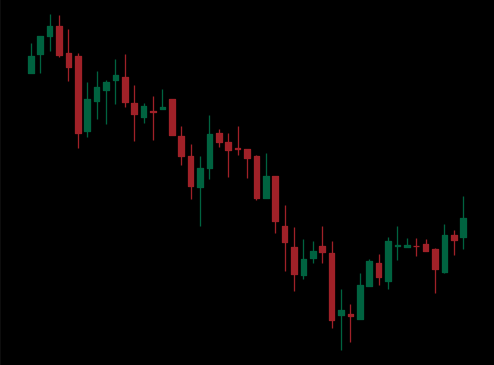
Pattern: bull_flag